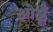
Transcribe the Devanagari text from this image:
ओळूँ